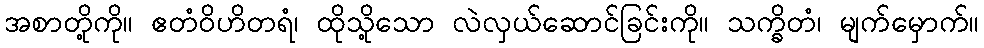
အစာတို့ကို။ ဧတံဝိဟိတရံ၊ ထိုသို့သော လဲလှယ်ဆောင်ခြင်းကို။ သက္ခိတံ၊ မျက်မှောက်။